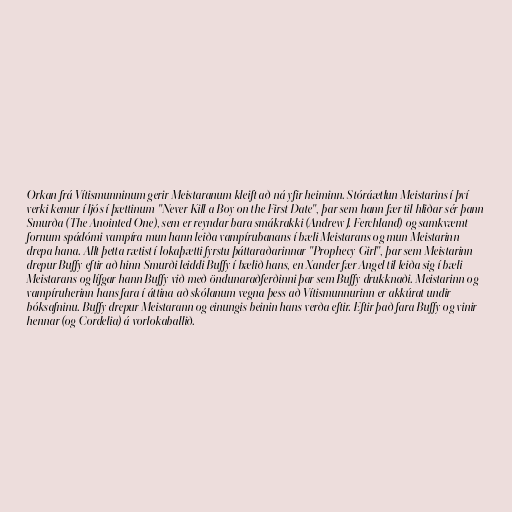
Orkan frá Vítismunninum gerir Meistaranum kleift að ná yfir heiminn. Stóráætlun Meistarins í því
verki kemur í ljós í þættinum "Never Kill a Boy on the First Date", þar sem hann fær til hliðar sér þann
Smurða (The Anointed One), sem er reyndar bara smákrakki (Andrew J. Ferchland) og samkvæmt
fornum spádómi vampíra mun hann leiða vampírubanans í bæli Meistarans og mun Meistarinn
drepa hana. Allt þetta rætist í lokaþætti fyrstu þáttaraðarinnar "Prophecy Girl", þar sem Meistarinn
drepur Buffy eftir að hinn Smurði leiddi Buffy í bælið hans, en Xander fær Angel til leiða sig í bæli
Meistarans og lífgar hann Buffy við með öndunaraðferðinni þar sem Buffy drukknaði. Meistarinn og
vampíruherinn hans fara í áttina að skólanum vegna þess að Vítismunnurinn er akkúrat undir
bóksafninu. Buffy drepur Meistarann og einungis beinin hans verða eftir. Eftir það fara Buffy og vinir
hennar (og Cordelia) á vorlokaballið.